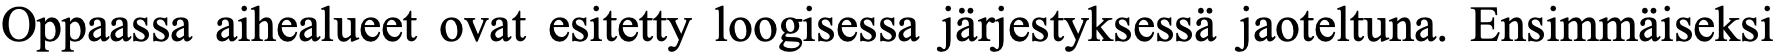
Oppaassa aihealueet ovat esitetty loogisessa järjestyksessä jaoteltuna. Ensimmäiseksi